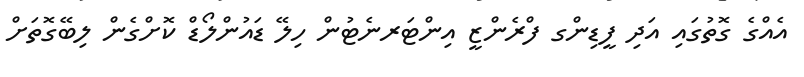
އެއްގެ ގޮތުގައި އަދި ފީޑިންގ ފްރެންޒީ އިންޓަރނެޓުން ހިލޭ ޑައުންލޯޑް ކޮށްގެން ލިބޭގޮތަށް